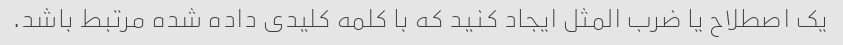
یک اصطلاح یا ضرب المثل ایجاد کنید که با کلمه کلیدی داده شده مرتبط باشد.